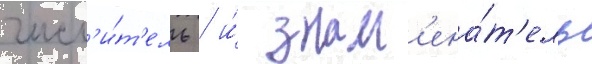
числ'и́т'ель / и́ знам'ена́т'ель